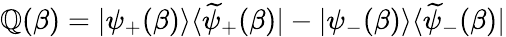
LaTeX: {\cal\mathbb{Q}}(\beta)=|\psi_{+}(\beta)\rangle\langle\widetilde{{\psi}}_{+}(\beta)|-|\psi_{-}(\beta)\rangle\langle\widetilde{{\psi}}_{-}(\beta)|